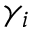
\gamma _ { i }